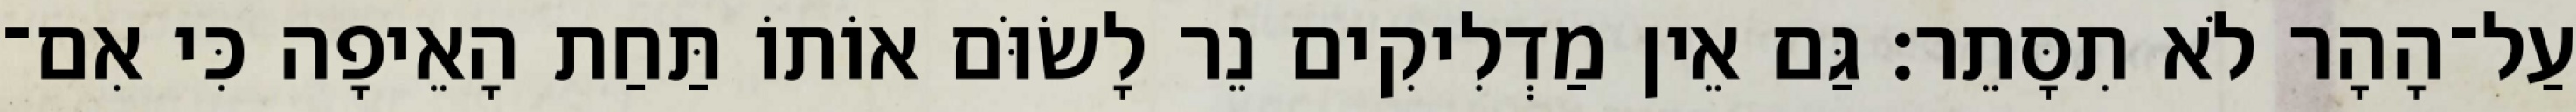
עַל־הָהָר לֹא תִסָּתֵר׃ גַּם אֵין מַדְלִיקִים נֵר לָשׂוֹּם אוֹתוֹ תַּחַת הָאֵיפָה כִּי אִם־